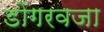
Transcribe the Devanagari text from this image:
डोंगरवजा